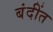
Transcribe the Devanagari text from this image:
बंदींत